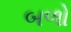
બળો